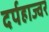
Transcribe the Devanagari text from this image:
दर्पहाज्वर